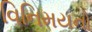
વિનિમયનો